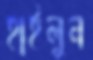
হাইলুন